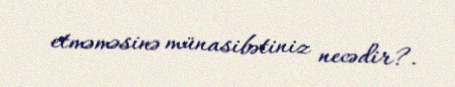
etməməsinə münasibətiniz necədir?.